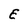
Character: E